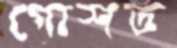
গোশত